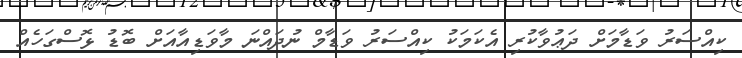
ކިއްސަރު ވަޑާމަށް ދަޢުވާކުރި އެކަމަކު ކިއްސަރު ވަޑާމް ނުދައްނަ މާވަޑިއާއަށް ބޮޑު ޅޮސްގަހެއް